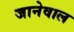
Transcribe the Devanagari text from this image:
जानेवाल